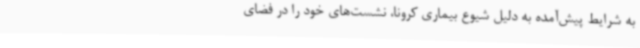
به شرایط پیش‌آمده به دلیل شیوع بیماری کرونا، نشست‌های خود را در فضای